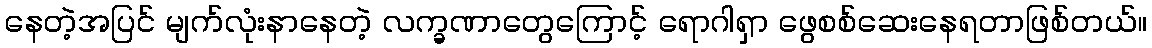
နေတဲ့အပြင် မျက်လုံးနာနေတဲ့ လက္ခဏာတွေကြောင့် ရောဂါရှာ ဖွေစစ်ဆေးနေရတာဖြစ်တယ်။